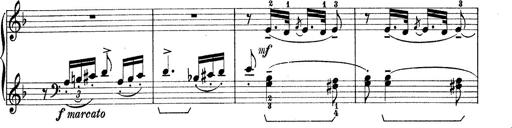
Title: Rapsodie: 19 ungheresi, 1 spagnuola
Composer: Franz Liszt